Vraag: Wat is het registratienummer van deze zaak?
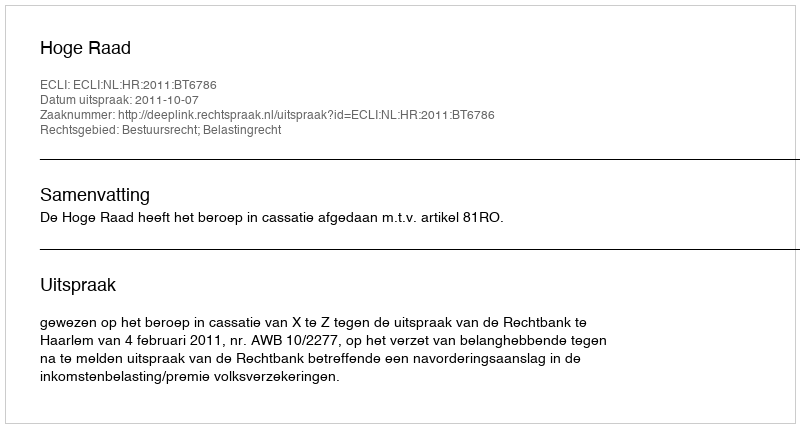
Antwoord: http://deeplink.rechtspraak.nl/uitspraak?id=ECLI:NL:HR:2011:BT6786